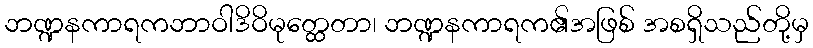
ဘဏ္ဍနကာရကဘာဝါဒိဝိမုတ္ထေတာ၊ ဘဏ္ဍနကာရက၏အဖြစ် အစရှိသည်တို့မှ